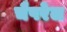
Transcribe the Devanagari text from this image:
चैपरेल